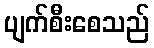
ပျက်စီးစေသည်